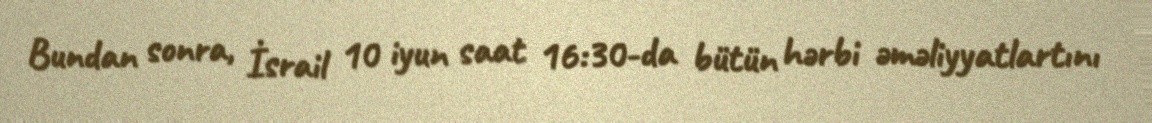
Bundan sonra, İsrail 10 iyun saat 16:30-da bütün hərbi əməliyyatlartını